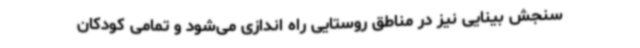
سنجش بینایی نیز در مناطق روستایی راه اندازی می‌شود و تمامی کودکان